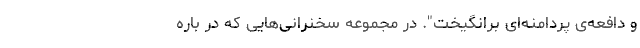
و دافعه‌ی پردامنه‌ای برانگیخت". در مجموعه سخنرانی‌هایی که در باره